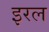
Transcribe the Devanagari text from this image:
इरल